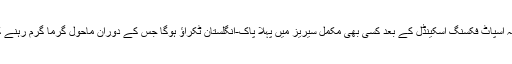
یہ بدنام زمانہ اسپاٹ فکسنگ اسکینڈل کے بعد کسی بھی مکمل سیریز میں پہلا پاک-انگلستان ٹکراؤ ہوگا جس کے دوران ماحول گرما گرم رہنے کی توقع ہے۔